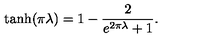
\tanh ( \pi \lambda ) = 1 - \frac 2 { e ^ { 2 \pi \lambda } + 1 } .